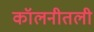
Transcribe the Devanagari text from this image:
कॉलनीतली